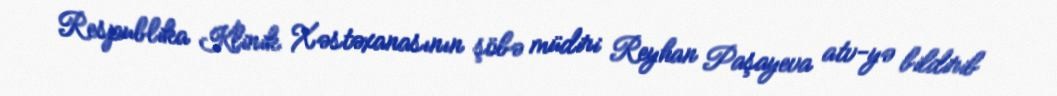
Respublika Klinik Xəstəxanasının şöbə müdiri Reyhan Paşayeva atv-yə bildirib